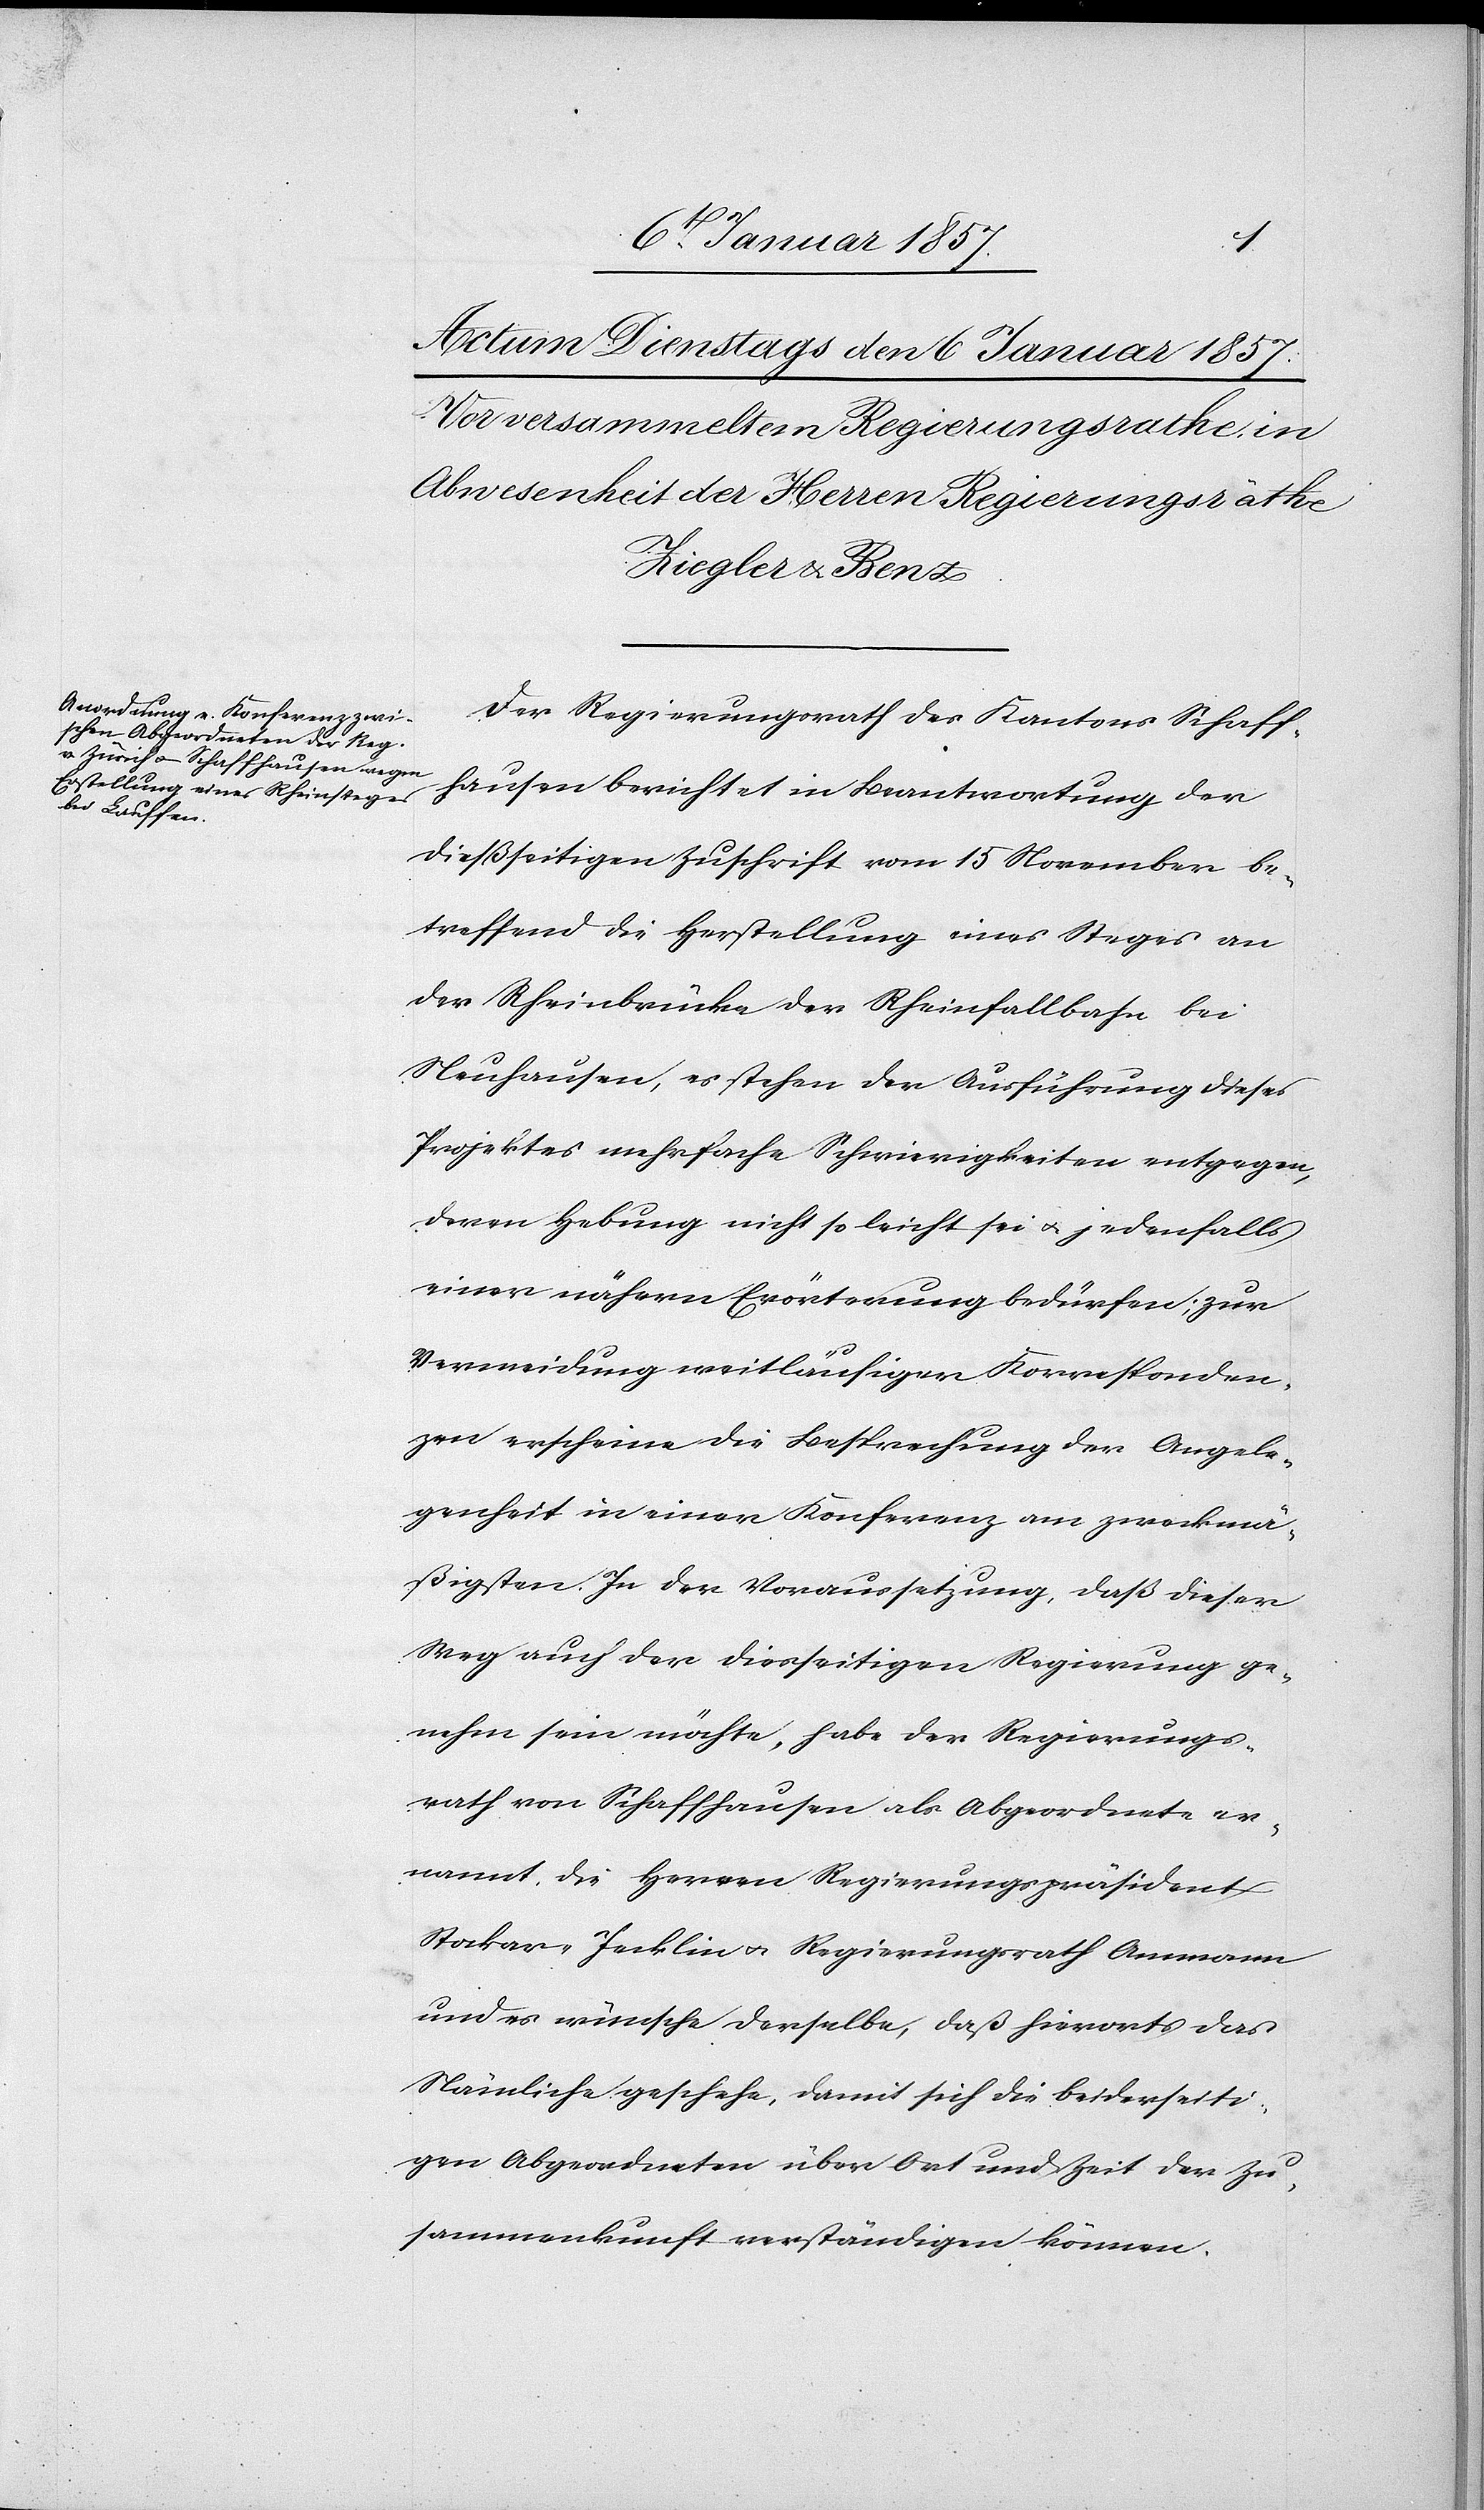
Der Regierungsrath des Kantons Schaff¬
hausen berichtet in Beantwortung der
dießseitigen Zuschrift vom 15 November be¬
treffend die Herstellung eines Steges an
der Rheinbrücke der Rheinfallbahn bei
Neuhausen, es stehen der Ausführung dieses
Projektes mehrfache Schwierigkeiten entgegen,
deren Hebung nicht so leicht sei u. jedenfalls
einer nähern Erörterung bedürfen; zur
Vermeidung weitläufiger Korresponden¬
zen erscheine die Besprechung der Angele¬
genheit in einer Konferenz am zweckmä¬
ßigsten. In der Voraussetzung, daß dieser
Weg auch der diesseitigen Regierung ge¬
nehm sein möchte, habe der Regierungs¬
rath von Schaffhausen als Abgeordnete er¬
nannt, die Herren Regierungspräsident
Stockar-Jecklin u. Regierungsrath Ammann
und es wünsche derselbe, daß hierorts das
Nämliche geschehe, damit sich die beiderseiti¬
gen Abgeordneten über Ort und Zeit der Zu¬
sammenkunft verständigen können.